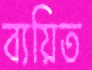
ব্যয়িত